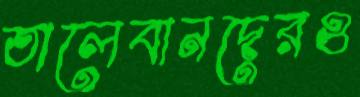
তালেবানদেরও